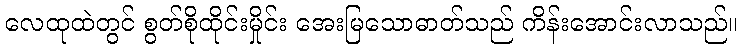
လေထုထဲတွင် စွတ်စိုထိုင်းမှိုင်း အေးမြသောဓာတ်သည် ကိန်းအောင်းလာသည်။